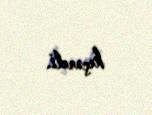
keçərdi.